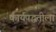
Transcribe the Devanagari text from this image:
कार्यपद्धतीला